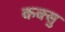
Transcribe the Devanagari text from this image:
कक्सु